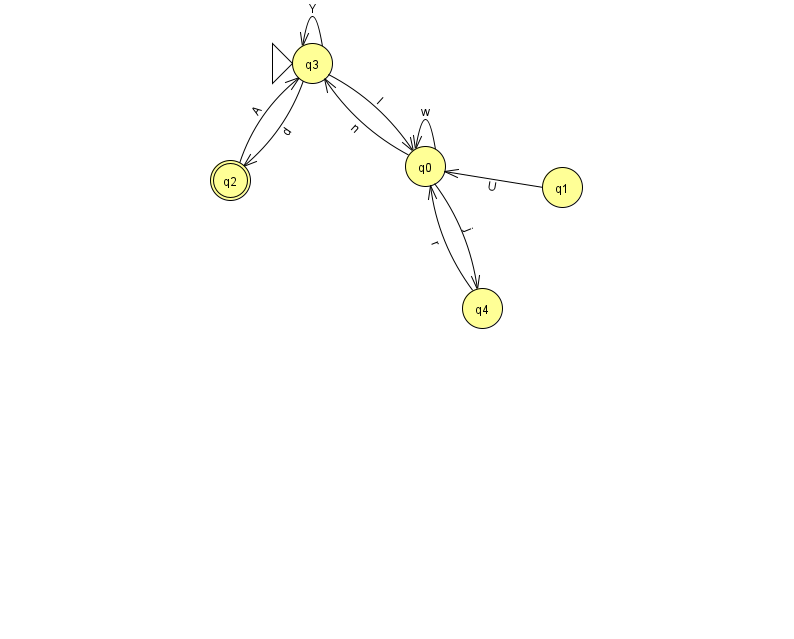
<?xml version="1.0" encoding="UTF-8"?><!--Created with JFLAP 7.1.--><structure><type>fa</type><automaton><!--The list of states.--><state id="0" name="q0"><x>425.0</x><y>153.0</y></state><state id="1" name="q1"><x>562.0</x><y>174.0</y></state><state id="2" name="q2"><x>230.0</x><y>167.0</y><final/></state><state id="3" name="q3"><x>312.0</x><y>50.0</y><initial/></state><state id="4" name="q4"><x>482.0</x><y>295.0</y></state><!--The list of transitions.--><transition><from>3</from><to>2</to><read>d</read></transition><transition><from>1</from><to>0</to><read>U</read></transition><transition><from>2</from><to>3</to><read>A</read></transition><transition><from>0</from><to>4</to><read>j</read></transition><transition><from>0</from><to>0</to><read>w</read></transition><transition><from>0</from><to>3</to><read>n</read></transition><transition><from>3</from><to>3</to><read>Y</read></transition><transition><from>4</from><to>0</to><read>r</read></transition><transition><from>3</from><to>0</to><read>I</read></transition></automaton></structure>